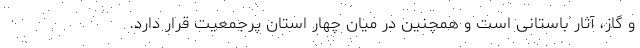
و گاز، آثار باستانی است و همچنین در میان چهار استان پرجمعیت قرار دارد.